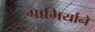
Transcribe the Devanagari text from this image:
गाभिर्याने